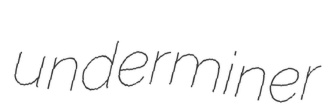
underminer